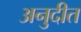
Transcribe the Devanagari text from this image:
अनुदीत